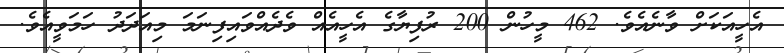
އެހީއަކަށް ވާނެއެވެ. 462 މީހުން 200 ރުފިޔާގެ އެހީއެއް ވެދެއްވައިފިނަމަ މިއަދަދު ހަމަވީއެވެ.